Medical and sanitary report of the native army of Bengal for the year
Year: 1877
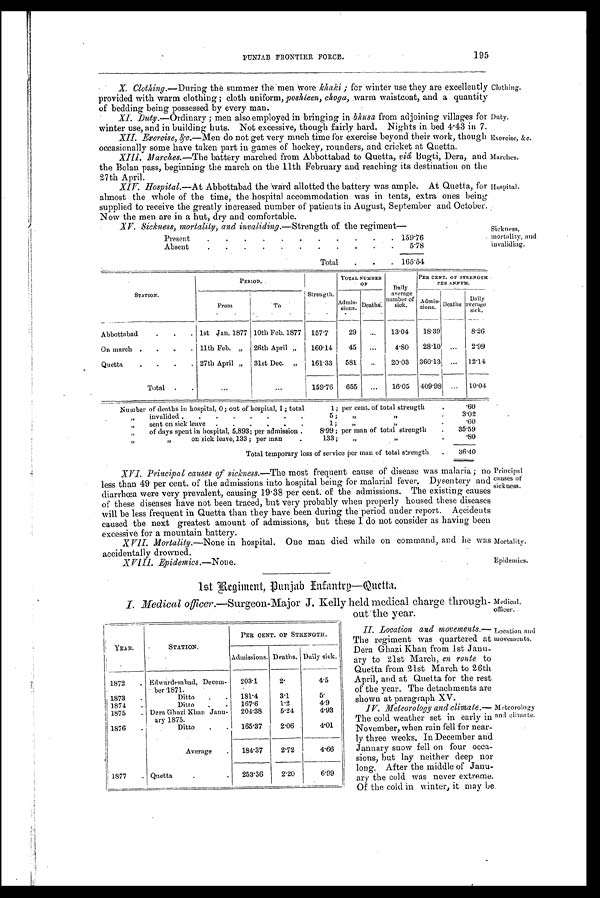
Mortality.
Epidemics.
Medical.
officer.
Location and
movements.
195
PUNJAB FRONTIER FORCE.
X. Clothing. —During the summer the men wore khaki; for winter use they are excellently
provided with warm clothing; cloth uniform, poskteen, choga, warm waistcoat, and a quantity
of bedding being possessed by every man.
XI. Duty. — O r d i n a r y ; m e n a l s o e m p l o y e d i n b r i n g i n g i nb
h u s a
f r o m a d j o i n i n g v i l l a g e s f o r
winter use and in building huts. Not excessive, though fairly hard. Nights in bed 4 . 43 in 7.
XII. Exercise, &c. —Men do not get very much time for exercise beyond their work, though
occasionally some have taken part in games of hockey, rounders, and cricket at Quetta.
XIII. Marches. —The battery marched from Abbottabad to Quetta, vid Bugti, Dera, and
the Bolan pass, beginning the march on the 11th February and reaching its destination on the
27th April.
Hospital.—At Abbottabad the ward allotted the battery was ample. At Quetta, for
almost the whole of the time, the hospital accommodation was in tents, extra ones being
supplied to receive the greatly increased number of patients in August, September and October.
Now the men are in a hut, dry and comfortable.
XV. Sickness, mortalitiy, and invaliding. —Strength of the regiment
Present
.
.
.
.
.
.
.
.
.
. 159.76
Absent
.
.
.
.
.
.
.
.
.
.
.
5.78
Total
.
.
. 165.54
Clothing.
Duty.
Exercise, &c.
Marches.
Hospital.
Sickness,
mortality, and
invaliding.
STATION.
PERIOD.
Strength.
TOTAL NUMBER
OF
Daily
average
number of
sick.
PER CENT. OF STRENGTH
PER ANNUM.
From
To
Admis-
s i o n s .
Deaths
Daily
average
s i c k .
A d m i s - s i o n s . Death
s.
Abbottabad
.
.
. 1st Jan. 1877 10th Feb. 1877
157.7
29
...
13.04
18.39
...
8.26
On march .
.
. 11th Feb. „
26th April „
160.14
45
...
4.80
28.10
...
2.99
Quetta
.
.
.
. 27th April „
31st Dec.
„
161.33
581 ...
20.03
360.13 ...
12.14
Total
. . .
. . .
159.76
655 ...
16.05
409.98
...
10.04
Number of deaths in hospital, 0; out of hospital, 1 ; total
1; per cent, of total strength
.
.60
„
invalided .
.
.
.
.
5 ;
,,
„
.
3.02
„
sent on sick leave
.
.
.
.
.
.
1 ;
,,
„
.60
„
of days spent in hospital, 5,893; per admission .
8.99 ; per man of total strength
.
35.59
„ „
on sick leave, 133 ; per man
133;
„
„
.80
Total temporary loss of service per man of total strength
.
36.40
XVI. Principal causes of sickness. —The most frequent cause of disease was malaria; no
less than 49 per cent. of the admissions into hospital being for malarial fever. Dysentery and
diarrhœa were very prevalent, causing 19.38 per cent. of the admissions. The existing causes
of these diseases have not been traced, but very probably when properly housed these diseases
will be less frequent in Quetta than they have been during the period under report. Accidents
caused the next greatest amount of admissions, but these I do not consider as having been
excessive for a mountain battery.
XVII. Mortality.—None in hospital. One man died while on command, and he was
accidentally drowned.
XVIII. Epidemics.—None.
1st Regiment, Punjab Infantry—Quetta .
Principal
causes of
sickness .
I. Medical officer. —Surgeon-Major J. Kelly held medical charge through-
out the year.
II. Location and movements.
—
The regiment was quartered at
Dera Ghazi Khan from 1st Janu-
ary to 21st March, en route to
Quetta from 21st March to 26th
April, and at Quetta for the rest
of the year. The detachments are
shown at paragraph XV.
IV. Meteorology and climate.—
The cold weather set in early in
November, when rain fell for near-
ly three weeks. In December and
January snow fell on four occa-
sions, but lay neither deep nor
long. After the middle of Janu-
ary the cold was never extreme.
Of the cold in winter, it may be
YEAR.
STATION.
PER CENT. OF STRENGTH.
Admissions. Deaths. Daily sick.
1872
. Edwardesabad, Decem-
ber 1871.
203.1
2.
4.5
1873
.
Ditto
.
.
181.4
3.1
5.
1874
.
Ditto
.
.
167.6
1.2
4.9
1875
. Dera Ghazi Khan Janu-
ary 1875.
204.38
5.24
4.93
1876
Ditto
.
165.37
2.06
4.01
Average
.
184.37
2.72
4.66
1877
. Quetta
.
.
253.36
2.20
6.99
Meteorology
and climate.